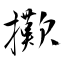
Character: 擹